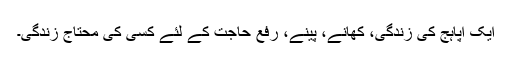
ایک اپاہج کی زندگی، کھانے، پینے، رفع حاجت کے لئے کسی کی محتاج زندگی۔